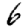
Digit: 6